Annual report of the Punjab Veterinary College and of the Civil Veterinary Department, Punjab - 1894-1908
Year: 1894
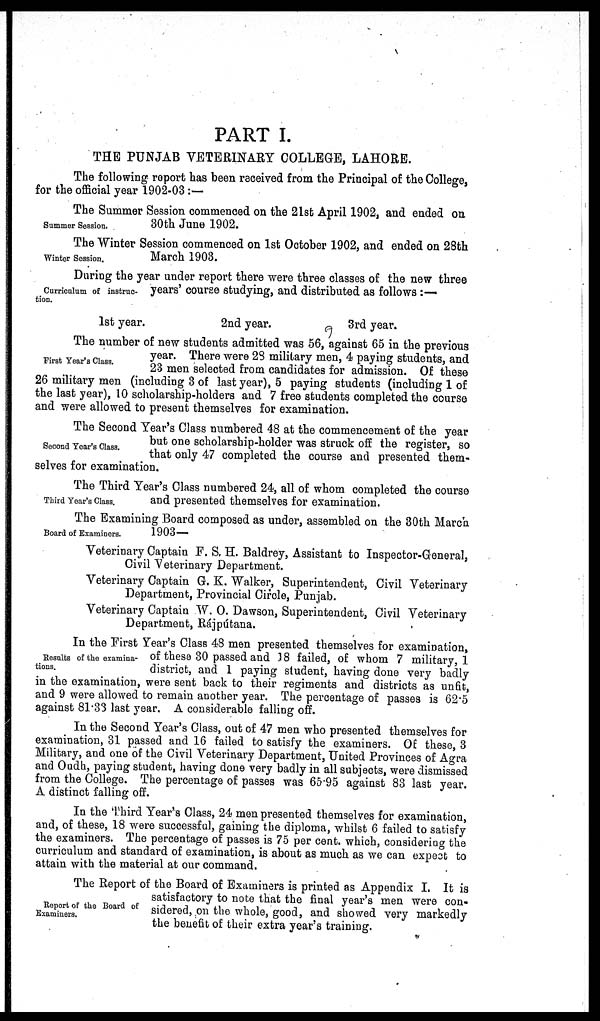
PART I.
THE PUNJAB VETERINARY COLLEGE, LAHORE.
The following report has been received from the Principal of the College,
for the official year 1902-03 :—
Summer Session.
The Summer Session commenced on the 21st April 1902, and ended on
30th June 1902.
Winter Session.
The Winter Session commenced on 1st October 1902, and ended on 28th
March 1903.
Curriculum of instruc-
tion.
During the year under report there were three classes of the new three
years' course studying, and distributed as follows:—
1st year.
2nd year.
3rd year.
First Year's Class.
The number of new students admitted was 56, against 65 in the previous
year. There were 28 military men, 4 paying students, and
23 men selected from candidates for admission. Of these
26 military men (including 3 of last year), 5 paying students (including 1 of
the last year), 10 scholarship-holders and 7 free students completed the course
and were allowed to present themselves for examination.
Second Year's Class.
The Second Year's Class numbered 48 at the commencement of the year
but one scholarship-holder was struck off the register, so
that only 47 completed the course and presented them-
selves for examination.
Third Year's Class.
The Third Year's Class numbered 24, all of whom completed the course
and presented themselves for examination.
Board of Examiners.
The Examining Board composed as under, assembled on the 30th March
1903—
Veterinary Captain F. S. H. Baldrey, Assistant to Inspector-General,
Civil Veterinary Department.
Veterinary Captain G. K. Walker, Superintendent, Civil Veterinary
Department, Provincial Circle, Punjab.
Veterinary Captain W. O. Dawson, Superintendent, Civil Veterinary
Department, Rájpútana.
Results of the examina-
tions.
In the First Year's Class 48 men presented themselves for examination,
of these 30 passed and 18 failed, of whom 7 military, 1
district, and 1 paying student, having done very badly
in the examination, were sent back to their regiments and districts as unfit,
and 9 were allowed to remain another year. The percentage of passes is 62.5
against 81.33 last year. A considerable falling off.
In the Second Year's Class, out of 47 men who presented themselves for
examination, 31 passed and 16 failed to satisfy the examiners. Of these, 3
Military, and one of the Civil Veterinary Department, United Provinces of Agra
and Oudh, paying student, having done very badly in all subjects, were dismissed
from the College. The percentage of passes was 65.95 against 83 last year.
A distinct falling off.
In the Third Year's Class, 24 men presented themselves for examination,
and, of these, 18 were successful, gaining the diploma, whilst 6 failed to satisfy
the examiners. The percentage of passes is 75 per cent. which, considering the
curriculum and standard of examination, is about as much as we can expect to
attain with the material at our command.
Report of the Board of
Examiners.
The Report of the Board of Examiners is printed as Appendix I. It is
satisfactory to note that the final year's men were con-
sidered, on the whole, good, and showed very markedly
the benefit of their extra year's training.